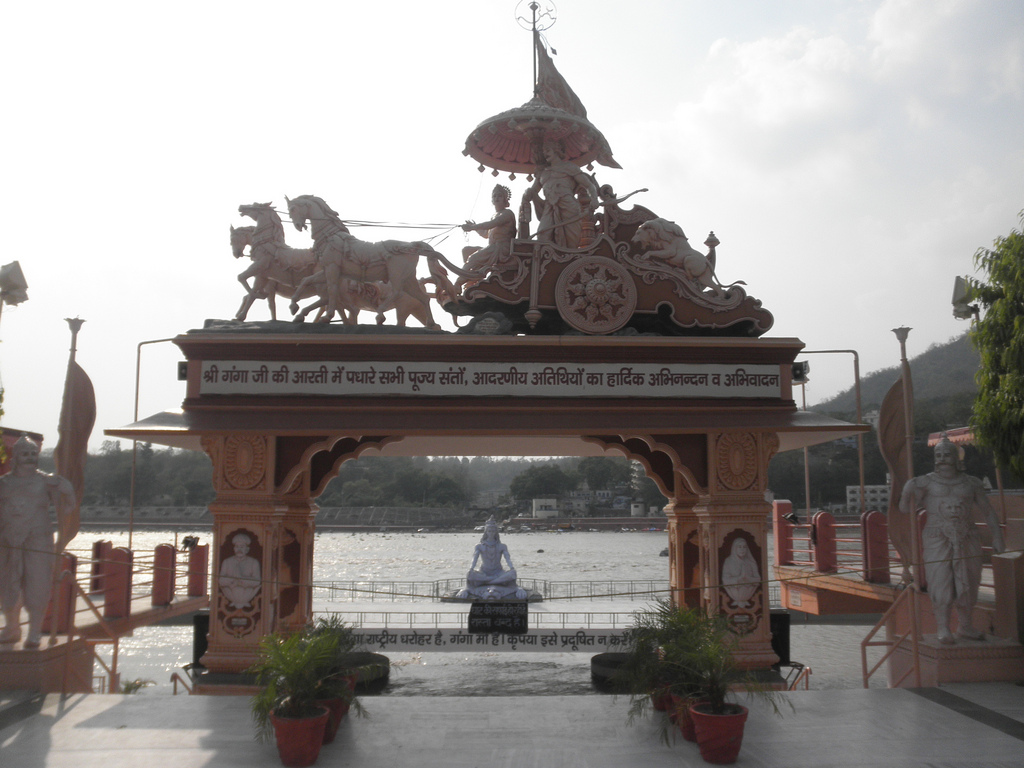
Language: hindi
Transcription: अतिथियों संतों, पधारे श्री प्रदूषित कृपया है, अभिवादन हार्दिक पूज्य की जी गंगा इसे धरोहर राष्ट्रीय का गंगा व अभिनन्दन में सभी